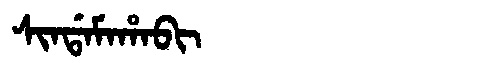
Manchu: ᠰᡳᠨᡩᠠᠮᠠᡥᠠᠪᡳ
Romanization: SINDAMAHABI